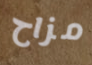
مزاح